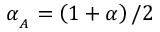
\alpha _ { _ A } = \left( 1 + \alpha \right) / 2